Scottish Leaving Certificate Examination, 1957
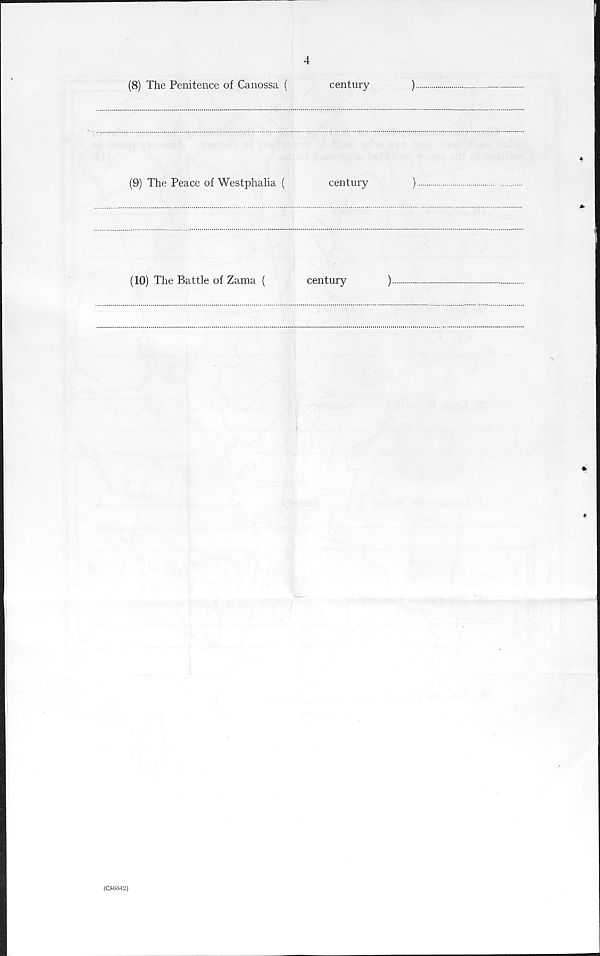
4
(8) The Penitence of Canossa (
century
)
(9) The Peace of Westphalia (
century
)
(10) The Battle of Zama (
century
)
(C513842)